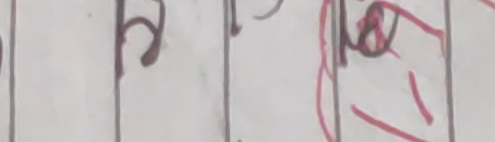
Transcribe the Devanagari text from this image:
र८ठा